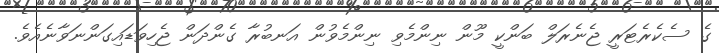
ގެ ސެކެރެޓަރީ ޖެނެރަލް ބަންކީ މޫން ނިންމެވި ނިންމެވުން އަނބުރާ ގެންދަން ޖެހިވަޑައިގަންނަވާނެއެވެ.